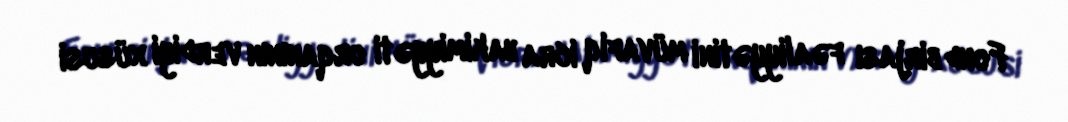
Fond birjası fəaliyyətini müvafiq icra hakimiyyəti orqanının verdiyi xüsusi